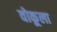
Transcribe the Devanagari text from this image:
वोकूला